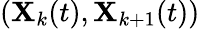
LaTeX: (\mathbf{X}_{k}(t),\mathbf{X}_{k+1}(t))